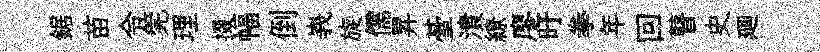
鋸苗令筦理掇幅倒峩旋儒昇䑓潰繚廖旴拳年回瞽史廽